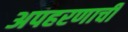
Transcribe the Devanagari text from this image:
अपहरणाची